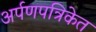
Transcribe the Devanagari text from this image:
अर्पणपत्रिकेत